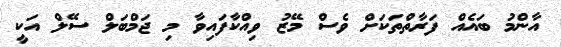
އާންމު ބައެއް ފަރާތްތަކަށް ވެސް މޭޒު ވިއްކާފައިވާ މި ޖަމްބަލް ސޭލް އަކީ